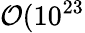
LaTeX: \mathcal{O}(10^{23}